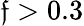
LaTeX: \mathfrak{f}>0.3